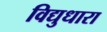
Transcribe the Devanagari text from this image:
विद्युधारा